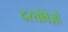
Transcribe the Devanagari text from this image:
दस्‍तोवेज़ों